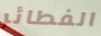
الفطائر